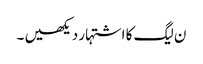
ن لیگ کا اشتہار دیکھیں ۔